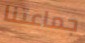
جماعتنا